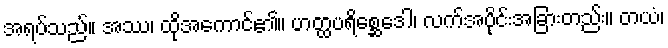
အရပ်သည်။ အဿ၊ ထိုအကောင်၏။ ဟတ္ထပရိစ္ဆေဒေါ၊ လက်အပိုင်းအခြားတည်း။ တယံ၊